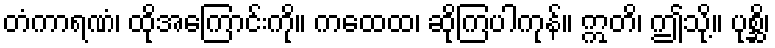
တံကာရဏံ၊ ထိုအကြောင်းကို။ ကထေထ၊ ဆိုကြပါကုန်။ ဣတိ၊ ဤသို့။ ပုစ္ဆိ၊